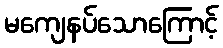
မကျေနပ်သောကြောင့်